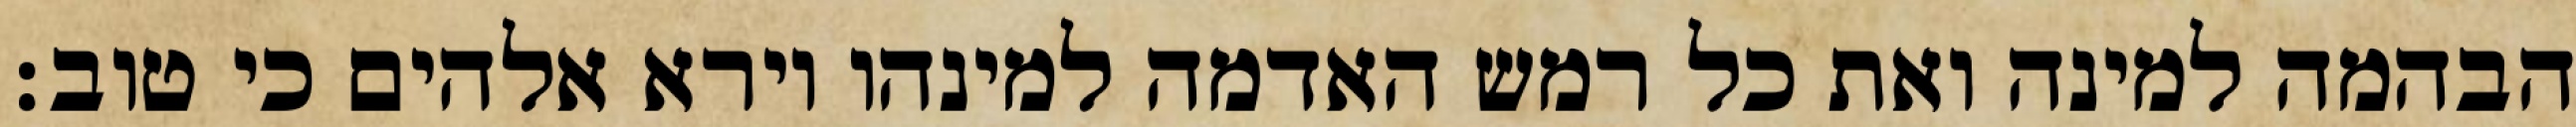
הבהמה למינה ואת כל רמש האדמה למינהו וירא אלהים כי טוב׃